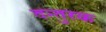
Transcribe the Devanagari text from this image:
दन्तुरक